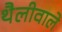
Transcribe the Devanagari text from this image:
थैलीवाले